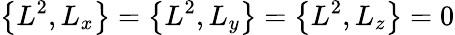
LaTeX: \left\{ L^{2},L_{x}\right\} =\left\{ L^{2},L_{y}\right\} =\left\{ L^{2},L_{z}\right\} =0